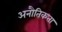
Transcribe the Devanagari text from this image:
अनौतिकता